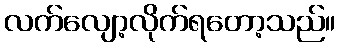
လက်လျော့လိုက်ရတော့သည်။